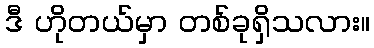
ဒီ ဟိုတယ်မှာ တစ်ခုရှိသလား။